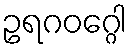
ဥရဂဝဂ္ဂေါ